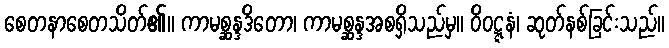
စေတနာစေတသိတ်၏။ ကာမစ္ဆန္ဒဒိတော၊ ကာမစ္ဆန္ဒအစရှိသည်မှ။ ဝိဝဋ္ဋနံ၊ ဆုတ်နစ်ခြင်းသည်။